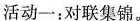
活动一：对联集锦。